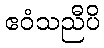
ဧဝံသညီပိ